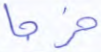
خرجا